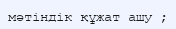
мәтіндік құжат ашу ;